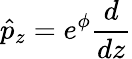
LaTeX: \hat{p}_{z}=e^{\phi}\frac{d}{dz}